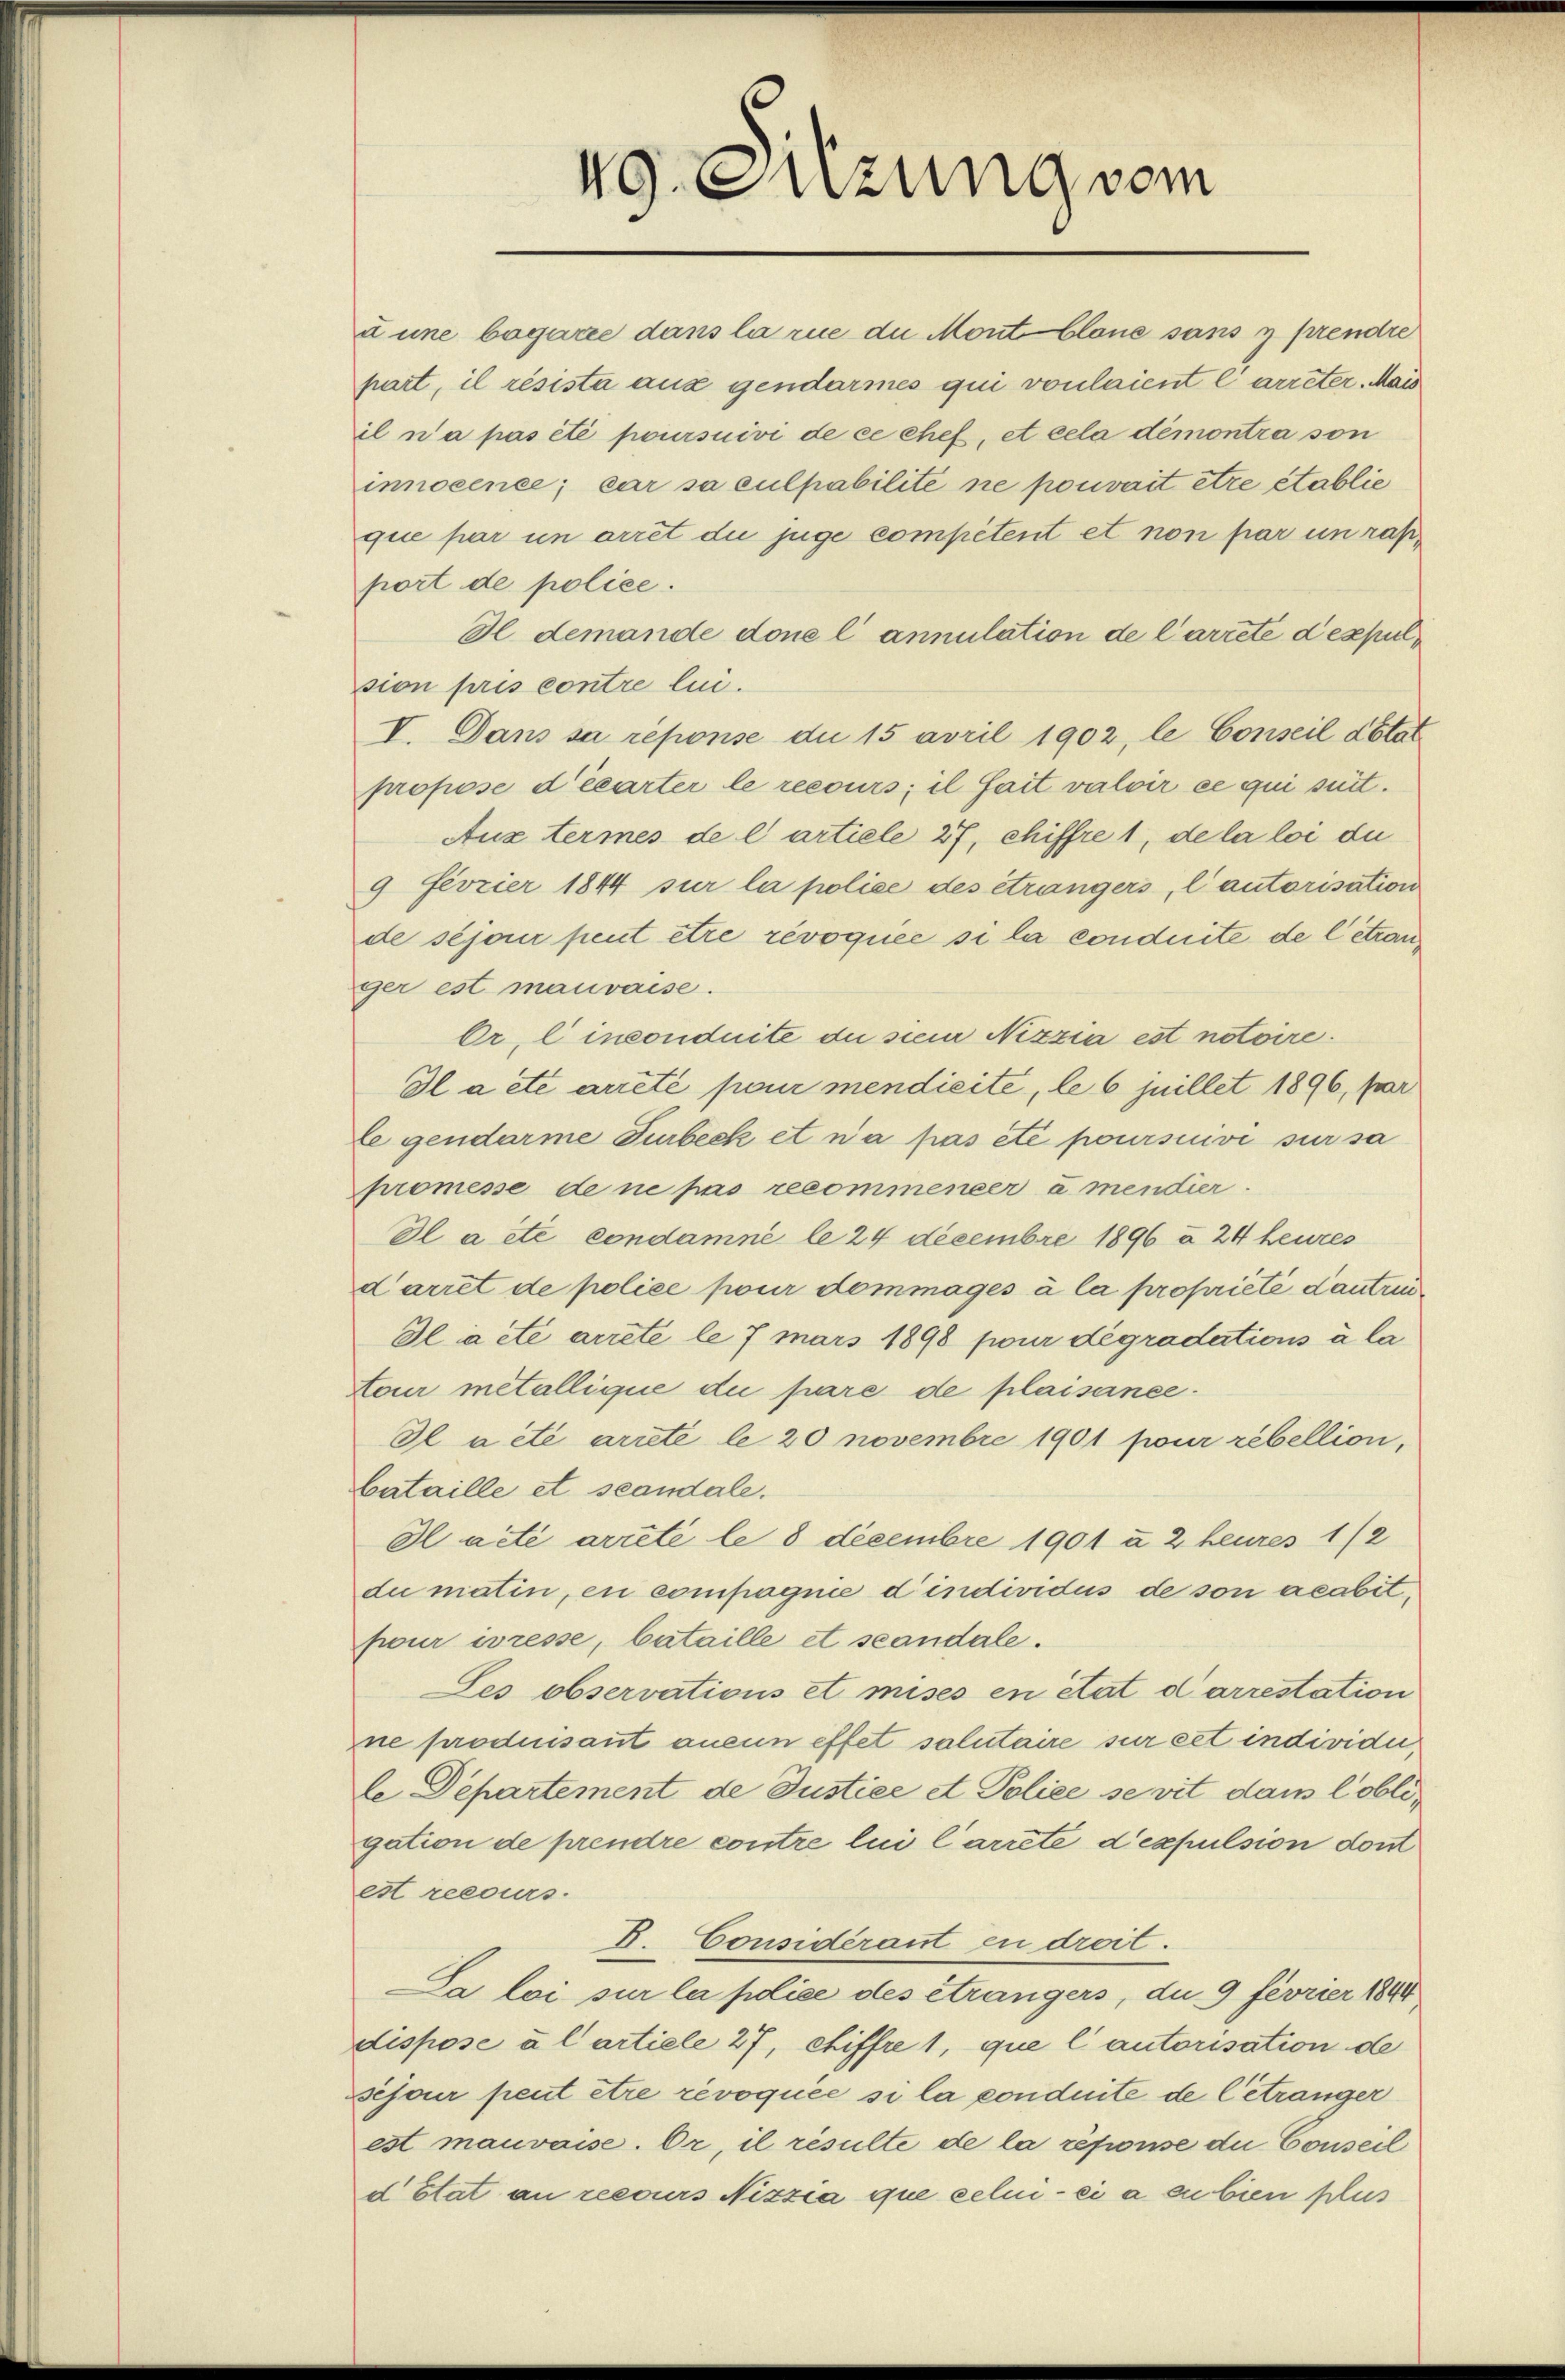
vg.Suzung vom

u une bagarie dans la rue du Mont blone sans y prendre
part, il résista aus gendarmes qui vonlaient l’arreter. Mais
il n’a pas été poursuivi de ce chef, et cela démontra son

innocence; car sa culpabilité ne pouvait être établie
que par in arrêt du juge competent et non par un raßport de police.
I. demande done l’ annulation de Carrete despulsion pris contre lui.
V. Dans sa réponse du 15 avril 1902, le Conseil détat
propose d’écarter le recours; il fait valoir ce qui suit.
Aux termes de l artiele 27, chiffre 1, de la loi du
9 Fevrier 1844 sur la police des étrangers, l’autorisation
de séjouir peut être révoquée si la conduite de l’étranger est mauvaise.
Or. C inconduite die sein Nizzia est notoire.
Il a été arreté pour mendieite, le 6 juillet 1896, par
le gendarme Turbeck et n’a pas été poursuive sur sa
promesse de ne pas recommener amendier.
Il a été condamné le 24 Decembre 1896 à 24 heures
Carret de police pour dommages à la propriété autre¬
Il a été arrete le 7 mars 1898 pour dégradations à la
tour metallique du pare de plaisance.
Il a été arrete le 20 novembre 1901 pour rebellion,
bataille et scandale.
Ilacte arreté le 8 decembre 1901 u 2 beures 1/2
du matin, en compagnie d’individus de son acabit,
pour ivresse, bataille et scandale.
Ses observations et mises en état darrestation
ne produisant anein effet salutaire sur cet individii,
le Departement de Justice et Police se vit dem löbligation de prendre contre lui Carrete d’expulsion dont
est recours.
B. Considerant in droit.
La loi sur la police des étrangers, du 9 fevrier 1894
dispose al artiele 27, chiffre 1, que l’autorisation de
sijour peut être révoquée si la conduite de Getränger
est mauvaise. Or, il résulte de la résionse du Conseil
d Etat an recours Nizzia que celui-ci a subien plus